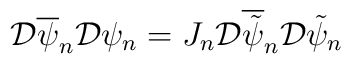
{\cal D}\overline{\psi}_{n} {\cal D}\psi_{n} = J_{n} {\cal  D}\overline{\tilde{\psi}}_{n} {\cal D}\tilde{\psi}_{n}